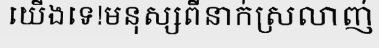
យើងទេ!មនុស្សពីនាក់ស្រលាញ់